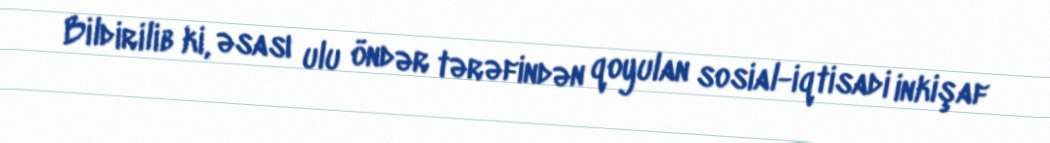
Bildirilib ki, əsası ulu öndər tərəfindən qoyulan sosial-iqtisadi inkişaf